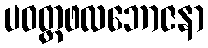
ပဝတ္တဖလဘောဇနာ